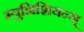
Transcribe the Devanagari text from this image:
म्युझिशियन्स्